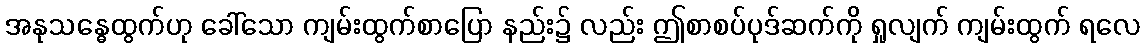
အနုသန္ဓေထွက်ဟု ခေါ်သော ကျမ်းထွက်စာပြော နည်း၌ လည်း ဤစာစပ်ပုဒ်ဆက်ကို ရှုလျက် ကျမ်းထွက် ရလေ